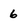
Character: 6